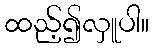
ထည့်၍လှူပါ။